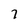
Character: 7